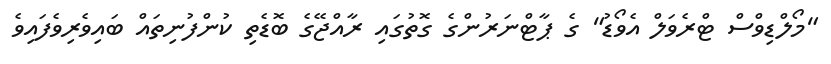
"މޯލްޑިވްސް ޓްރެވަލް އެވޯޑު" ގެ ޕާޓްނަރުންގެ ގޮތުގައި ރާއްޖޭގެ ބޮޑެތި ކުންފުނިތައް ބައިވެރިވެފައިވެ